Leaving Certificate Examination, 1906
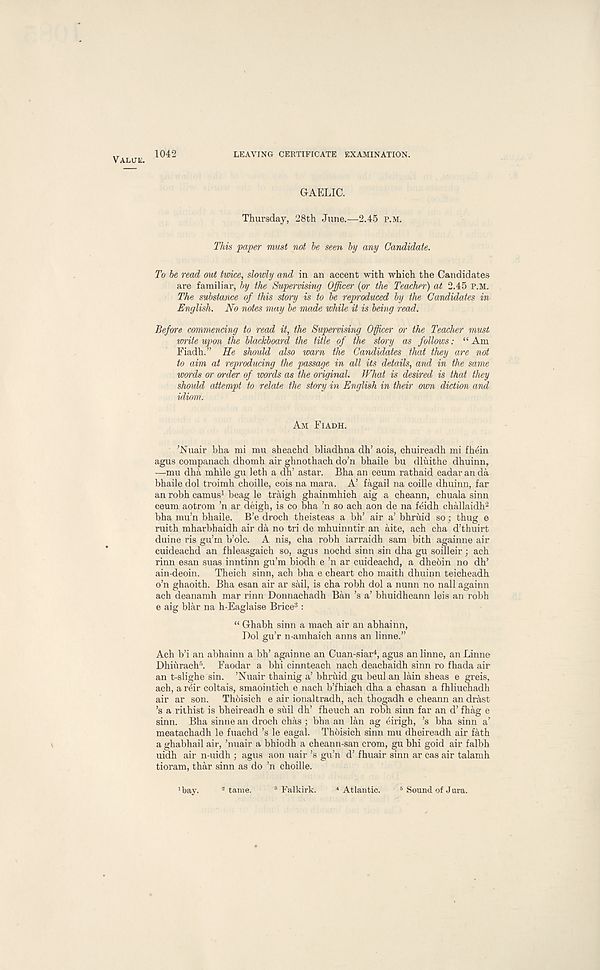
Value. 1042
LEAVING CERTIFICATE EXAMINATION.
GAELIC.
Thursday, 28th June.—2.45 p.m.
This paper must not be seen by any Candidate.
To be read out twice, slowly and in an accent with which the Candidates
are familiar, by the Supervising Officer (or the Teacher) at 2.45 P.M.
The substance of this story is to be reproduced by the Candidates in
English. No notes may be made while it is being read.
Before commencing to read it, the Supervising Officer or the Teacher must
vyrite upon the blackboard the title of the story as follows: “Am
Fiadh.” He should also warn the Candidates that they are not
to aim at reproducing the passage in all its details, and in the same
words or order of words as the original. What is desired is that they
should attempt to relate the story in English in their own diction and
idiom.
Am Fiadh.
’JSuair bha mi mu sheachd bliadhna dh’ aois, chuireadh mi fhein
agus companach dhomh air ghnothach do’n bhaile bu dluithe dhuinn,
—mu dha mhile gu leth a dh’ astar. Bha an ceum rathaid eadaranda
bhaile dol troimh choille, cois na mara. A’ fagail na coille dhuinn, far
an robh camus 1 beag le traigh ghainmhich aig a cheann, chuala sinn
ceum aotrom ’n ar deigh, is co bha ’n so ach aon de na feidh challaidh 2
bha mu’n bhaile. B’e droch theisteas a bh’ air a’ bhruid so; thug e
ruith mharbhaidh air da no tri de mhuinntir an aite, ach cha d’thuirt
duine ris gu’m b’olc. A nis, cha robh iarraidh sam bith againne air
cuideachd an fhleasgaich so, agus nochd sinn sin dha gu soilleir; ach
rinn esan suas inntinn gu’m biodh e ’n ar cuideachd, a dhebin no dh’
ain-deoin. Theich sinn, ach bha e cheart cho maith dhuinn teicheadh
o’n ghaoith. Bha esan air ar sail, is cha robh dol a nunn no nail againn
ach deanamh mar rinn Donnachadh Ban’s a’ bhuidheann leis an robh
e aig blar na h-Eaglaise Brice 3 :
“ Ghabh sinn a mach air an abhainn,
Dol gu’r n-amhaich anns an linne.”
Ach b’i an abhainn a bh’ againne an Cuan-siar 4 , agus an linne, an Linne
Dhiurach 5 . Faodar a bhi cinnteach nach deachaidh sinn ro fhada air
an t-slighe sin. ’Nuair thainig a’ bhruid gu beul an lain sheas e greis,
ach, a reir coltais, smaointich e nach b’fhiach dha a chasan a fhliuchadh
air ar son. Thoisich e air ionaltradh, ach thogadh e cheann an drast
’s a rilhist is bheireadh e suil dh’ fheuch an robh sinn far an d’ fhag e
sinn. Bha sinne an droch chas ; bha an lan ag eirigh, ’s bha sinn a’
meatachadh le fuachd’s le eagal. Thoisich sinn mu dheireadh air fath
a ghabhail air, ’nuair a bhiodh a cheann-san crom, gu bhi goid air falbh
uidh air n-uidh ; agus aon uair’s gu’n d’ fhuair sinn ar cas air talamh
tioram, thar sinn as do ’n choille.
’bay. 2 tame. '’Falkirk. 4 Atlantic. 5 Sound of Jura.